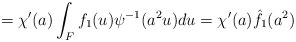
\begin{align*}=\chi'(a)\int_F f_1(u)\psi^{-1}(a^2u)du=\chi'(a)\hat{f}_1(a^2)\end{align*}